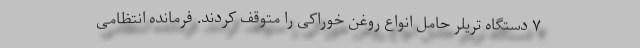
۷ دستگاه تریلر حامل انواع روغن خوراکی را متوقف کردند. فرمانده انتظامی